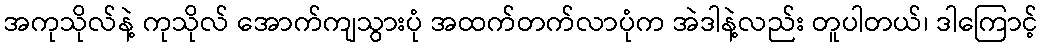
အကုသိုလ်နဲ့ ကုသိုလ် အောက်ကျသွားပုံ အထက်တက်လာပုံက အဲဒါနဲ့လည်း တူပါတယ်၊ ဒါကြောင့်